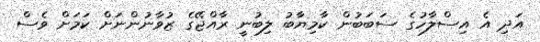
އަދި އެ އިސްލާހުގެ ސަބަބުން ކާމިޔާބު ލިބުނީ ރާއްޖޭގެ ޒުވާނުންނަށް ކަމަށް ވެސް